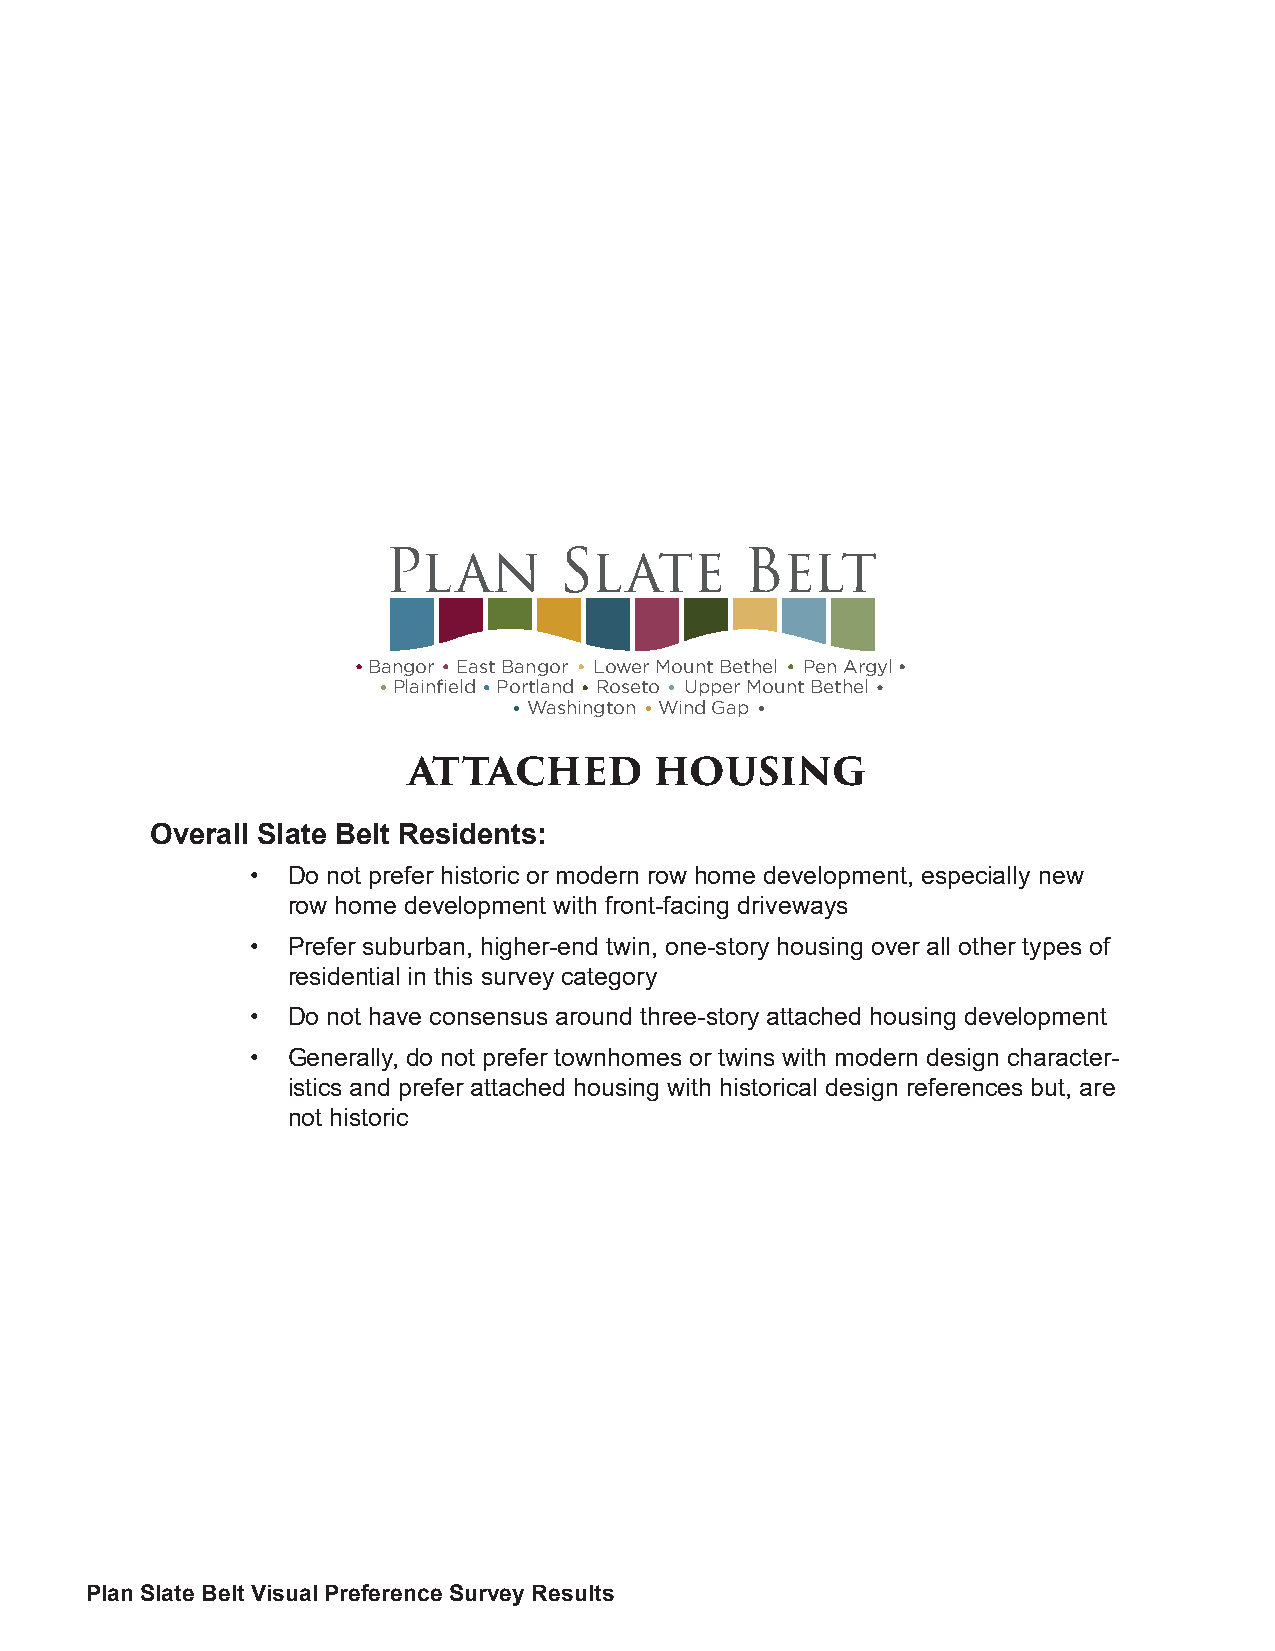
Plan        Slate       Belt
 Bangor East Bangor Lower Mount Bethel Pen Argyl
 Plainfield Portland Roseto Upper Mount Bethel
 Washington Wind Gap
 ATTACHED        HOUSING
 Overall Slate Belt Residents:
 • Do not prefer historic or modern row home development, especially new
 row home development with front-facing driveways
 • Prefer suburban, higher-end twin, one-story housing over all other types of
 residential in this survey category
 • Do not have consensus around three-story attached housing development
 • Generally, do not prefer townhomes or twins with modern design character-
 istics and prefer attached housing with historical design references but, are
 not historic
 Plan Slate Belt Visual Preference Survey Results